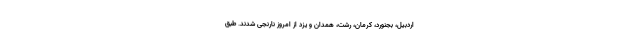
اردبیل، بجنورد، کرمان، رشت، همدان و یزد از امروز نارنجی شدند. طبق